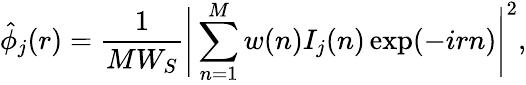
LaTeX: \hat{\phi}_{j}(r)=\frac{1}{MW_{S}}\Bigg|\sum_{n=1}^{M}w(n)I_{j}(n)\exp(-irn)\Bigg|^{2},